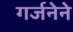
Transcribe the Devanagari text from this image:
गर्जनेने